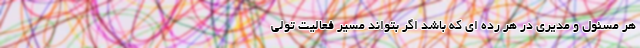
هر مسئول و مدیری در هر رده ای که باشد اگر بتواند مسیر فعالیت تولی